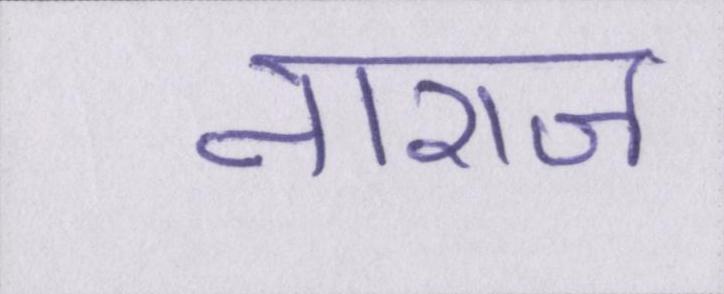
नाराज़